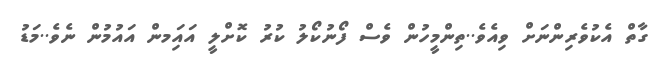
ގާތް އެކުވެރިންނަށް ވިއެެވެ..ތިންމީހުން ވެސް ފޯނުކޯލު ކުރު ކޮށްލީ އައިަމން އައުމުން ނެވެ..މަޑު